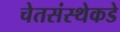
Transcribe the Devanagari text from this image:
चेतसंस्थेकडे